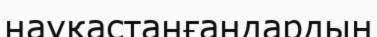
науқастанғандардың